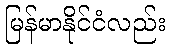
မြန်မာနိုင်ငံလည်း